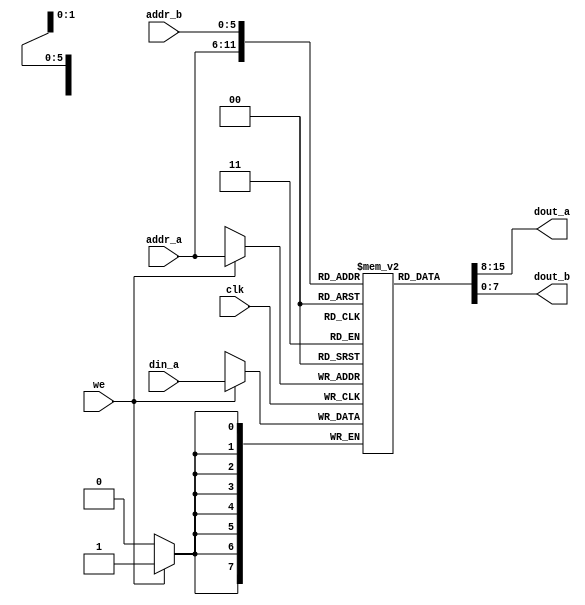
//Listing 12.3
//Chapter 12
//Page 303
//Copyright 2008

// Dual-port RAM with asynchronous read
// Modified from XST 8.1i v_rams_09

module xilinx_dual_port_ram_async
    #(
      parameter ADDR_WIDTH = 6,
                DATA_WIDTH = 8
     )
    (
     input wire clk,
     input wire we,
     input wire [ADDR_WIDTH-1:0] addr_a, addr_b,
     input wire [DATA_WIDTH-1:0] din_a,
     output wire [DATA_WIDTH-1:0] dout_a, dout_b
    );
    
    // signal declaration
    reg [DATA_WIDTH-1:0] ram [2**ADDR_WIDTH-1:0];
    
    // body
    always @(posedge clk)
    begin
        if(we)      // write operation
            ram[addr_a] <= din_a;
    end
    
    // two read operations
    assign dout_a = ram[addr_a];
    assign dout_b = ram[addr_b];
    
endmodule